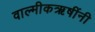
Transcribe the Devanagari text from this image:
वाल्मीकऋषींनी